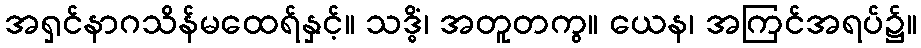
အရှင်နာဂသိန်မထေရ်နှင့်။ သဒ္ဓိံ၊ အတူတကွ။ ယေန၊ အကြင်အရပ်၌။